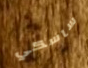
ساسكي